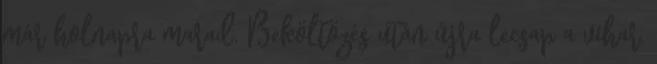
már holnapra marad. Beköltözés után újra lecsap a vihar,